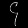
Digit: ၄